Civil Veterinary Dept. Bombay admin report 1907-1913 - 1907-1913
Year: 1907
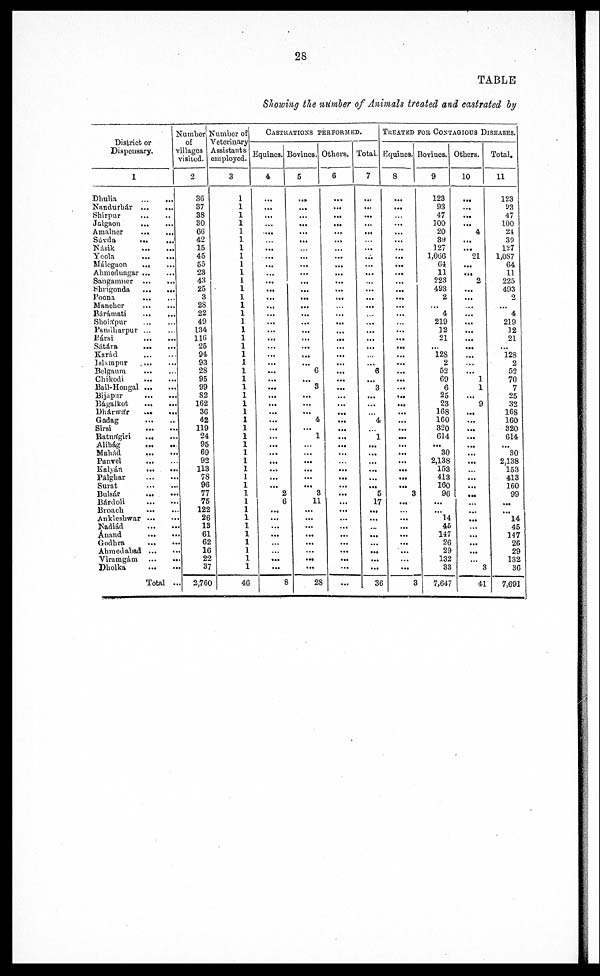
28
TABLE
Showing the number of Animals treated and castrated by
District or
Dispensary.
1
Dhulia
...
...
Nandurbár
...
...
Shirpur
...
...
Jalgaon
...
...
Amalner
...
...
Savda
... ...
Násik
...
...
Yeola
...
...
Málegaon
...
...
Ahmednagar ... ...
Sangamner
...
...
Shrigonda
...
...
Poona
...
...
Mancher
...
...
Bárámati
...
...
Sholápur
...
...
Pandharpur ... ...
Eársi
...
...
Sátára
...
...
Karád
...
...
Islampur ... ...
Belgaum
...
...
Chikodi
...
...
Bail-Hongal
...
...
Bijapar ... ...
Bágalkot
...
...
Dhárwár
...
...
Gadag
...
...
Sirsi
...
...
Ratnágiri
... ...
Alibág
...
...
Mahád
...
...
Panvel
...
...
Kalyán
...
...
Palghar
...
...
Surat ... ...
Bulsár
...
...
Bárdoli
...
...
Broach
...
...
Ankleshwar ... ...
Nadiád
...
...
Auand
...
...
Godhra
...
...
Ahmedabad ... ...
Viramgám
...
...
Dholka
...
...
Total ...
Number
of
Villages
visited.
2
36
87
38
30
66
42
15
45
55
23
43
25
3
28
22
49
134
116
25
94
93
28
95
99
82
162
36
42
119
24
95
69
92
113
78
96
77
75
122
26
13
61
62
16
22
37
2,760
Number of
Veterinary -
Assistants
employed.
3
1
1
1
1
1
1
1
1
1
1
1
1
1
1
1
1
1
1
1
1
1
1
1
1
1
1
1
1
1
1
1
1
1
1
1
1
1
1
1
1
1
1
1
1
1
1
46
CASTRATIONS PERFORMED.
Equines.
4
...
...
...
...
...
...
...
...
...
...
...
...
...
...
...
...
...
...
...
...
...
...
...
...
...
...
...
...
...
...
...
...
...
...
...
... 2
6
...
...
...
...
...
...
...
...
8
Bovines.
5
...
...
...
...
...
...
...
...
...
...
...
...
... ...
...
...
...
...
...
...
... 6
... 3
...
...
... 4
... 1
...
...
...
...
...
... 8
11
...
...
...
...
...
...
...
...
28
Others.
6
...
...
...
...
...
...
...
...
...
...
...
...
...
...
...
...
...
...
...
...
...
...
...
...
...
...
...
...
...
...
...
...
...
...
...
...
...
...
...
...
...
...
...
...
...
...
...
Total.
7
...
...
...
...
...
...
... ...
...
...
...
...
...
...
...
...
...
...
...
...
... 6
...
3
...
...
...
4
...
1
...
...
...
...
...
... 5
17
...
...
...
...
...
...
...
...
36
TREATED FOR CONTAGIOUS DISEASES.
Equines.
8
...
...
...
...
...
...
...
...
...
...
...
...
...
...
...
...
...
...
...
...
...
...
...
...
...
...
...
...
... ...
...
...
...
...
...
... 3
...
...
...
...
...
...
...
...
...
3
Bovines.
9
123
93
47
100
20
39
127
1,066
64
11
223
493
2
... 4
219
12
21
... 128
2
52
69
6
25
23
108
160
820
014
... 30
2,138
153
413
160
96
...
... 14
45
147
26
29
132
33
7,647
Others.
10
...
...
...
... 4
...
...
21
...
...
2
...
...
...
...
...
...
...
... ...
...
... 1
1
... 9
...
...
...
...
...
...
...
...
...
...
...
...
...
...
...
...
3
41
Total.
11
123
93
47
100
24
39
127
1,087
64
11
225
493
2
... 4
219
12
21
... 128
2
52
70
7
25
32
168
160
320
614
... 30
2,138
153
413
160
99
...
...
14
45
147
26
29
132
36
7,691